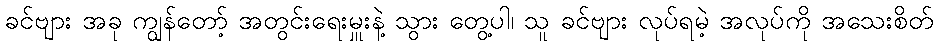
ခင်ဗျား အခု ကျွန်တော့် အတွင်းရေးမှူးနဲ့ သွား တွေ့ပါ၊ သူ ခင်ဗျား လုပ်ရမဲ့ အလုပ်ကို အသေးစိတ်